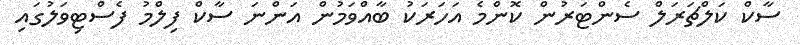
ސާކް ކަލްޗަރަލް ސެންޓަރުން ކޮންމެ އަހަރަކު ބާއްވަމުން އަންނަ ސާކް ފިލްމު ފެސްޓިވަލުގައި